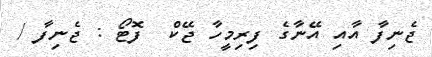
ޖެނިފާ އާއި އޭނާގެ ފިރިމީހާ ޖޭކް  ފޮޓޯ : ޖެނިފާ /